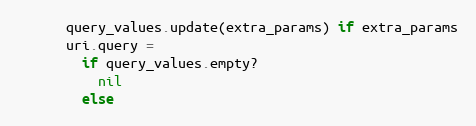
Language: Ruby
      query_values.update(extra_params) if extra_params
      uri.query =
        if query_values.empty?
          nil
        else